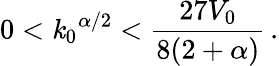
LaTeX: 0<{\mathit{k}_{0}}^{\alpha/2}<\frac{{27V_{0}}}{{8(2+\alpha)}}\, .